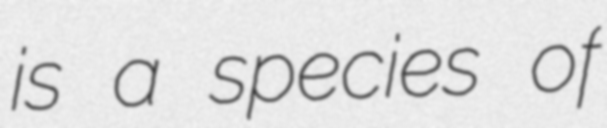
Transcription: is a species of